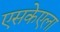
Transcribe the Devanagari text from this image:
एसकेएला